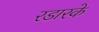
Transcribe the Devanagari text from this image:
रडारके